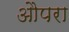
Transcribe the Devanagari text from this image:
औपरा